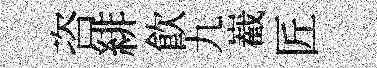
咨緋飲九嶻匠